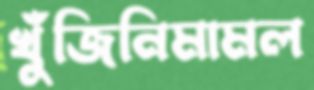
খুঁজিনিমামল